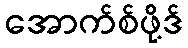
အောက်စ်ဖို့ဒ်